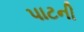
પાટની